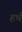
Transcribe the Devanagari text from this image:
हर्थ